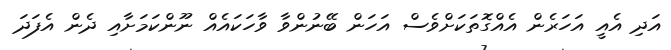
އަދި އެއީ އަހަރެން އެއްގޮތަކަށްވެސް އަހަން ބޭނުންވާ ވާހަކައެއް ނޫންކަމަށާއި ދެން އެފަދަ